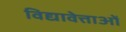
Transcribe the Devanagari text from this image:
विद्यावेत्ताओं